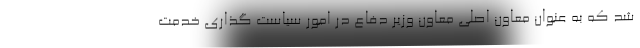
شد که به عنوان معاون اصلی معاون وزیر دفاع در امور سیاست گذاری خدمت